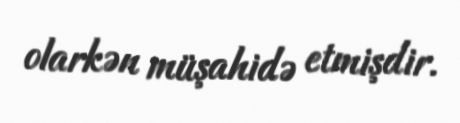
olarkən müşahidə etmişdir.